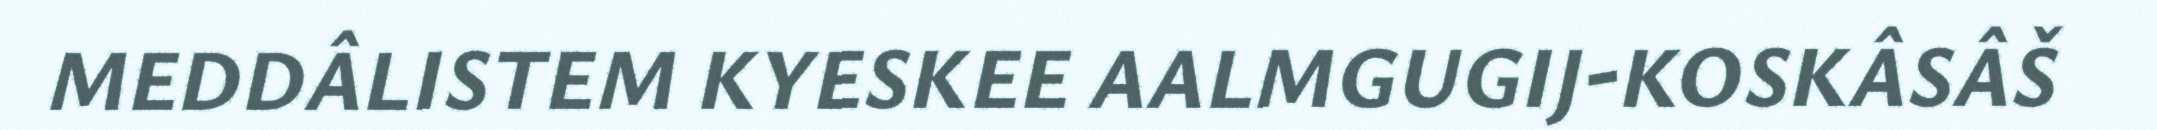
MEDDÂLISTEM KYESKEE AALMGUGIJ-KOSKÂSÂŠ